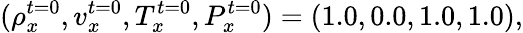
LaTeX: (\rho_{x}^{t=0},v_{x}^{t=0},T_{x}^{t=0},P_{x}^{t=0})=(1.0,0.0,1.0,1.0),